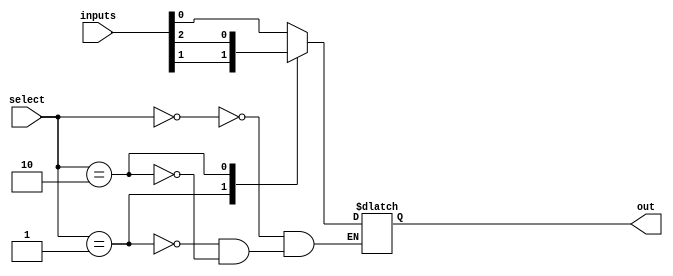
module multiplexer_512_to_1(
    input [511:0] inputs,
    input [8:0] select,
    output reg out
);

always @(*) begin
    case(select)
        9'b000000000: out = inputs[0];
        9'b000000001: out = inputs[1];
        9'b000000010: out = inputs[2];
        // Continue with all 512 possible input combinations
        // and assign the corresponding input to the output
    endcase
end

endmodule